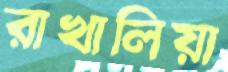
রাখালিয়া